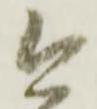
今